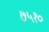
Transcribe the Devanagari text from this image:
७५१०